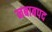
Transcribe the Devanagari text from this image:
नबाबपद